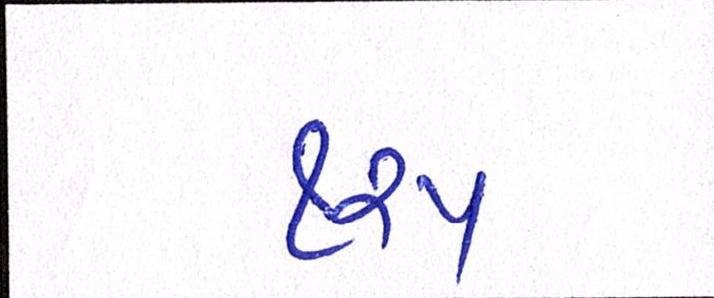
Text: ૧૨૫